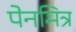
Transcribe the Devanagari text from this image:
पेनमित्र